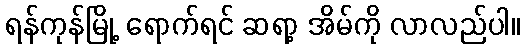
ရန်ကုန်မြို့ ရောက်ရင် ဆရာ့ အိမ်ကို လာလည်ပါ။